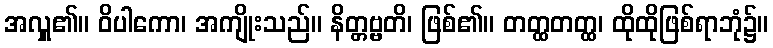
အလှူ၏။ ဝိပါကော၊ အကျိုးသည်။ နိတ္တဗ္ဗတိ၊ ဖြစ်၏။ တတ္ထတတ္ထ၊ ထိုထိုဖြစ်ရာဘုံ၌။